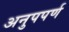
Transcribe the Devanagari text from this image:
अनुपपर्ण